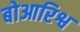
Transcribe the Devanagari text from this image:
बोआरिश्व